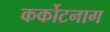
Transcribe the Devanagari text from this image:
कर्कोटनाग